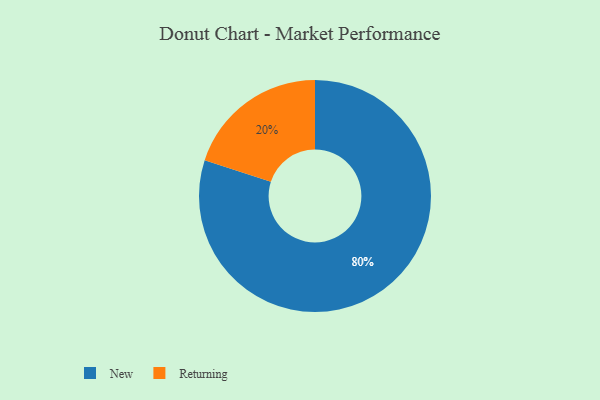
{"axis": {"x": "Category", "y": "Percentage"}, "legend": ["New", "Returning"], "data": [{"x": "Returning", "y": 20, "type": "Returning"}, {"x": "New", "y": 80, "type": "New"}]}